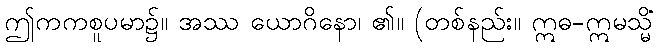
ဤကကစူပမာ၌။ အဿ ယောဂိနော၊ ၏။ (တစ်နည်း။ ဣဓ-ဣမသ္မိံ